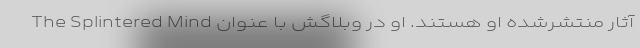
آثار منتشرشدهٔ او هستند. او در وبلاگش با عنوان The Splintered Mind